Report of the Municipal Commissioner on the plague in Bombay for the year ending 31st May... - Volume 3
Disease focus: Plague
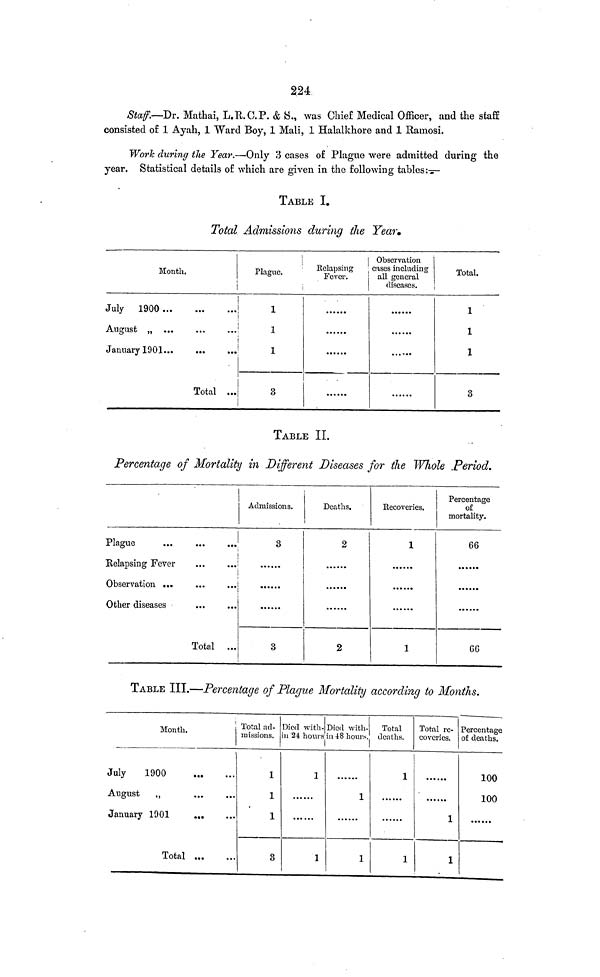
224
Staff.—Dr. Mathai, L.R.C.P. & S., was Chief Medical Officer, and the staff
consisted of 1 Ayah, 1 Ward Boy, 1 Mali, 1 Halalkhore and 1 Ramosi.
Work during the Year.—Only 3 cases of Plague were admitted during the
year. Statistical details of which are given in the following
tables:
TABLE I.
Total Admissions during the Year.
Month.
July 1900 ...
January 1901...
•••
...
Total ...
Plague.
1
1
1
3
Relapsing
Fever.
.
Observation
cases including
all general
diseases.
Total.
1
1
1
3
TABLE II.
Percentage of Mortality in Different Diseases for the Whole Period.
Plague
...
Relapsing Fever
Other diseases
Total ...
Admissions.
3
3
Deaths.
2
2
Recoveries.
1
1
Percentage
of
mortality.
66
6G
TABLE III.—Percentage of Plague Mortality according to Months.
Month.
July
1900
August
,,
January 1901
Total
Total ad-
missions.
1
1
1
3
Died with-
in 24 hours
1
1
Died with-
in 48 hours.
1
1
Total
deaths.
1
1
Total re-
coveries.
1
1
Percentage
of deaths.
100
100
... ...